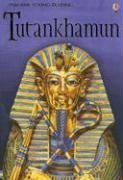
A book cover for Tutankhamun: Internet Referenced (Young Reading Gift Books); Gill Harvey; Children's Books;